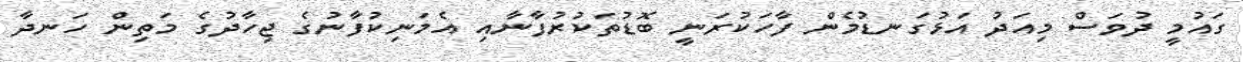
ގައުމީ ދުވަސް މިއަދު އަޅުގަނޑުމެން ފާހަކުރަނީ ބޮޑުތަކުރުފާނާއި އެމަނިކުފާނުގެ ޖިހާދުގެ މަތިން ހަނދާ